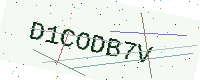
Text: D1CODB7V